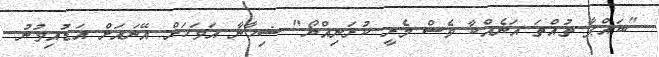
"ބައްޕާ ތުއްތަ އަނެއްކާ ވެސް މެރީ ކުރަނިއްޔޯ" ޝިހާނާ އަވަހަށް އޭނައަށް އަޑުއިވުނު